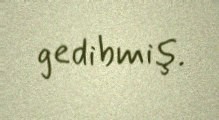
gedibmiş.